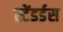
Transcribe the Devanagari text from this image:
स्टेंडर्डस